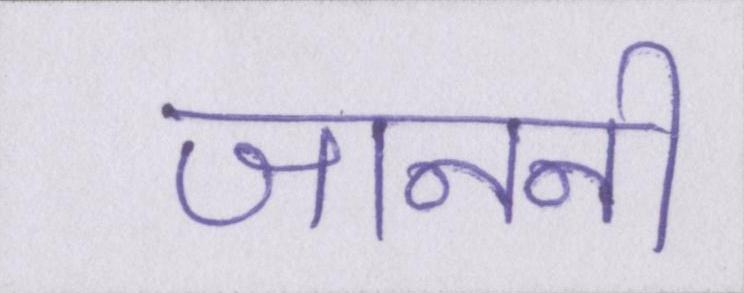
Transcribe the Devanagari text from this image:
जाननी